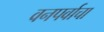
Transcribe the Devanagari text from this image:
वनपर्वाचा